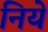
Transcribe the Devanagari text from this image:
निये